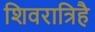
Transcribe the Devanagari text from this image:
शिवरात्रिहै